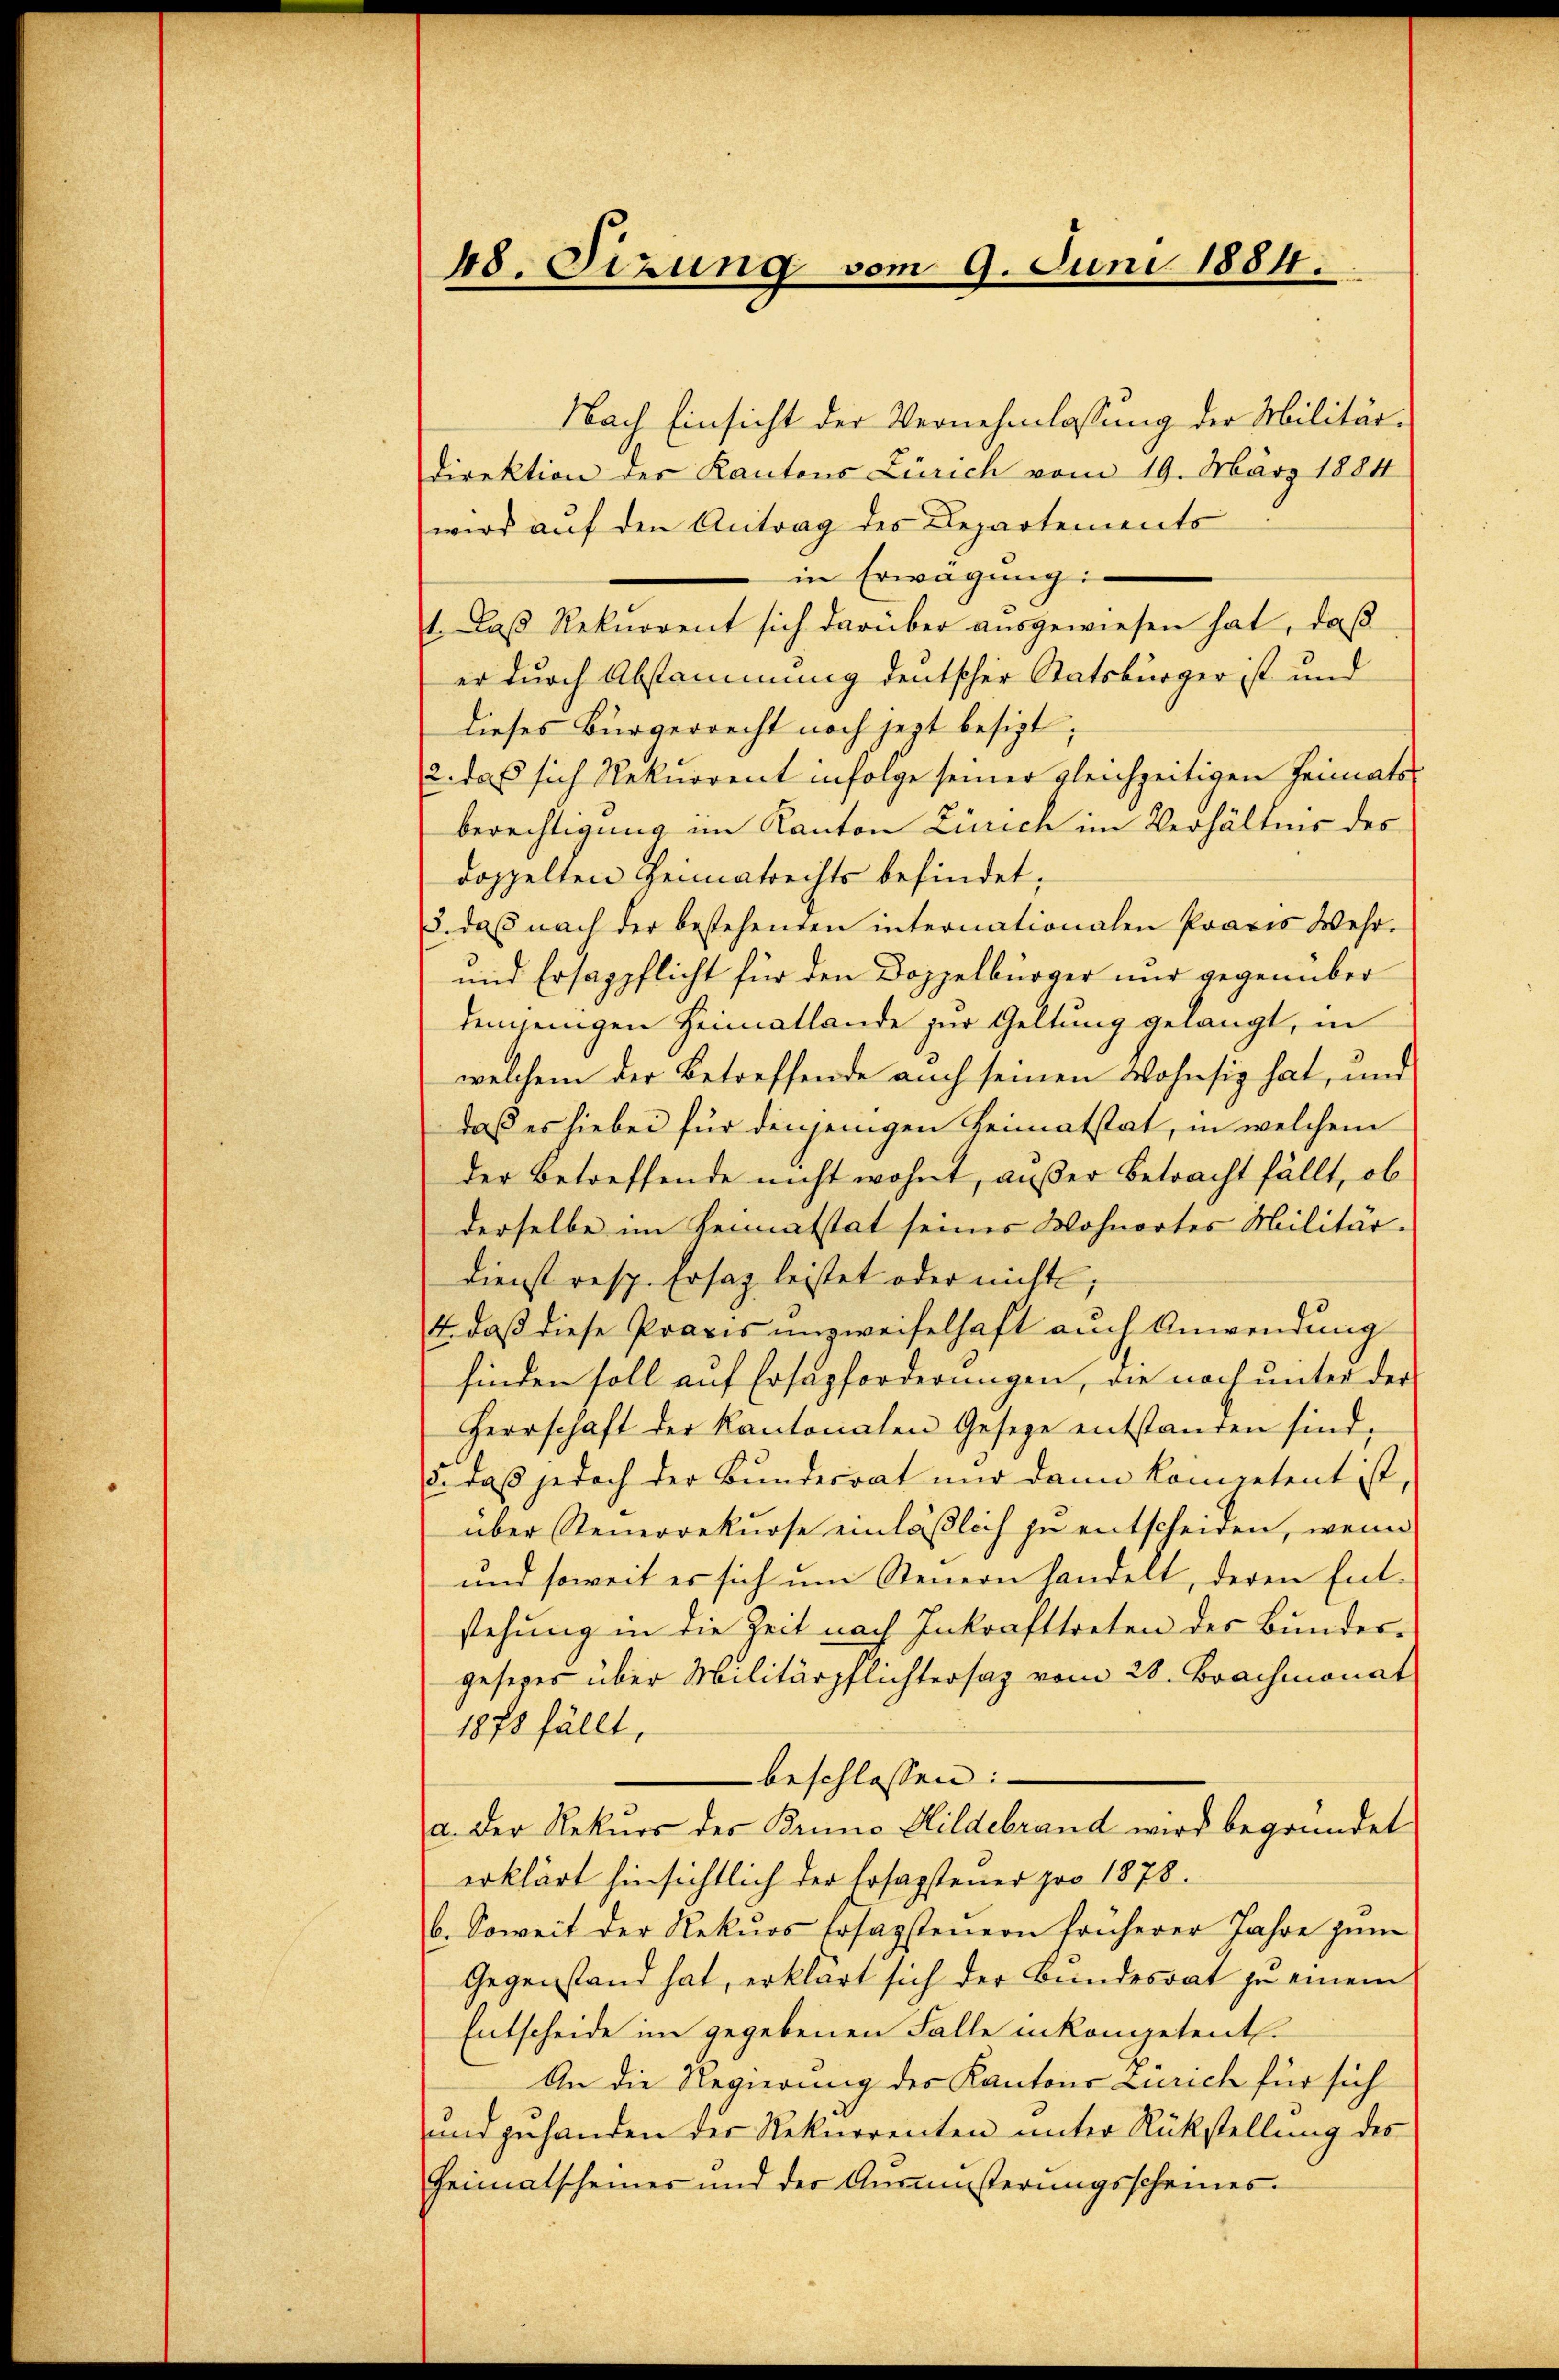
48. Sizung vom 9. Juni 1884.

Nach Einsicht der Vernehmlassung der Militärdirektion des Kantons Zürich vom 19. März 1884
wird auf den Antrag des Departements
in Erwägung:
1. Daß Rekurrent sich darüber ausgewiesen hat, daß
er durch Abstammung deutscher Statsbürger ist und
dieses Bürgerrecht noch jezt besizt,
2. daß sich Rekurrent infolge seiner gleichzeitigen Heimatsberechtigung im Kanton Zürich im Verhältnis des
doppelten Heimatrechts befindet,
3. daβ nach der bestehenden internationalen Praxis Wehr.
und Ersappflicht für den Doppelbürger nur gegenüber
demjenigen Heimatlande zur Geltung gelangt, in
welchem der Betreffende auch seinen Wohnsiz hat, und
daß es hiebei für denjenigen Heimatstat, in welchem
der Betreffende nicht wohnt, außer Betracht fällt, ob
derselbe im Heimatstat seines Wohnortes Militär¬
Dienst resp. Ersatz leistet oder nicht;
4, daß diese Praxis unzweifelhaft auch Anwendung
finden soll auf Ersupforderungen, die noch unter der
Herrschaft der Kantonalen Gesetze entstanden sind,
5. daß jedoch der Bundesrat nur dann kompetent ist,
über Steuerrekurse einläßlich zu entscheiden, wenn
und soweit es sich um Steuern handelt, deren Entstehung in die Zeit nach Inkrafttreten des Bundergesezes über Militärpflichtersaz vom 28. Brachmonat
1878 fällt,
beschlossen:
a. der Rekurs des Bruno Hildebrand wird begründet
erklärt hinsichtlich der Ersagstener pro 1878.
b. Soweit der Rekŭrs Ersagstenern früherer Jahre zŭm
Gegenstand hat, erklärt sich der Bundesrat zu einem
Entscheide im gegebenen Falle inkompetenten
An die Regierung des Kantons Zürich für sich
und zuhanden der Rekurrenten unter Rückstellung des
Heimatscheiner und der Ausmünsterungsscheines.